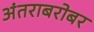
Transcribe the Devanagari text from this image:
अंतराबरोबर